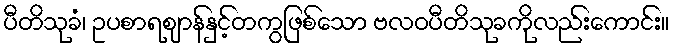
ပီတိသုခံ၊ ဥပစာရဈာန်နှင့်တကွဖြစ်သော ဗလဝပီတိသုခကိုလည်းကောင်း။